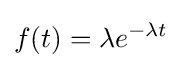
f(t)=\lambda e^{-\lambda t}